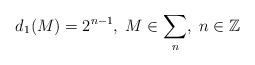
LaTeX: \begin{align*}d_{1}(M)=2^{n-1}, \; M\in\sum_{n}, \; n\in\mathbb{Z}\end{align*}